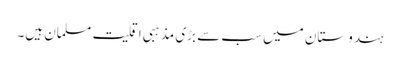
ہندوستان میں سب سے بڑی مذہبی اقلیت مسلمان ہیں۔